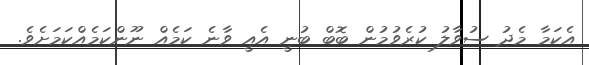
އެކަމާ މެދު ސުވާލު ކުރެވުމުން ބޮބް ބުނީ އެއީ ވާނެ ކަމެއް ނޫންކަމެއްކަމަށެވެ.